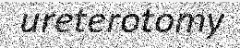
ureterotomy